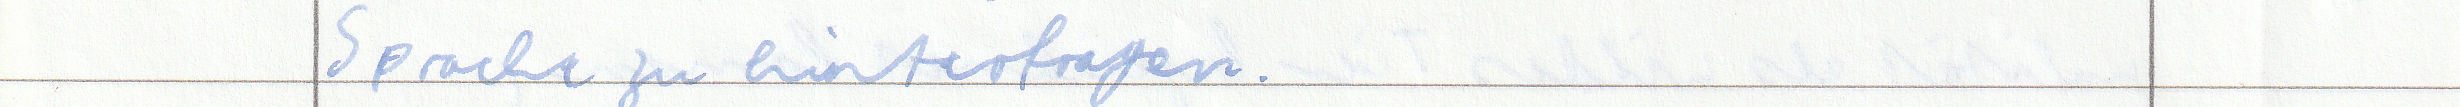
Sprache zu hinterfragen.